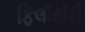
ફિલૉસૉફી